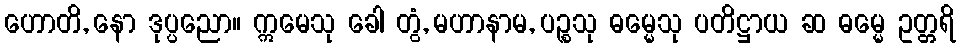
ဟောတိ, နော ဒုပ္ပညော။ ဣမေသု ခေါ တွံ, မဟာနာမ, ပဉ္စသု ဓမ္မေသု ပတိဋ္ဌာယ ဆ ဓမ္မေ ဥတ္တရိ